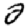
Digit: 2